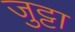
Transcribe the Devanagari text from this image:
जुट्टा